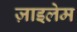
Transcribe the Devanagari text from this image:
ज़ाइलेम